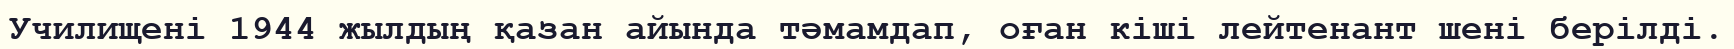
Училищені 1944 жылдың қазан айында тәмамдап, оған кіші лейтенант шені берілді.